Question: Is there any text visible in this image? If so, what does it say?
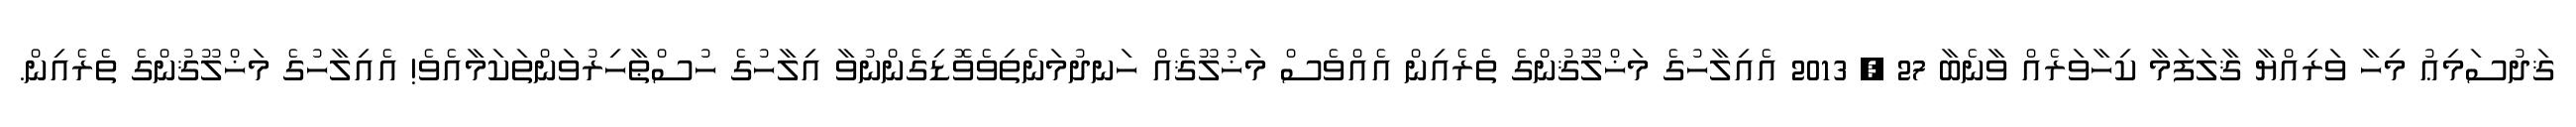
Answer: ޤަދުސަމިޢު މިހާ ވަރިއްޔާ ޤާލަފަމާ ކިހާވަރެއް ވާނެބާ 27 , 2013 އެއިލާހުގެ މަޚްލޫޤުންގެ ތެރެއިން އެއްވެސް މަޚުލޫޤެއް ހަނދުމަނެތިވެވޮޑިގެންނުވާ އިލާހުގެ ހުސްޠާހިރުވަންތަކަމާއެވެ! އެއިލާހުގެ މަޚްލޫޤުންގެ ތެރެއިން.